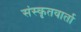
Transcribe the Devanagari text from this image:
संस्कृतवार्ता